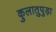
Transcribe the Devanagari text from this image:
कुलातुपुड़ा